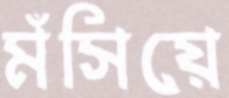
মঁসিয়ে